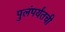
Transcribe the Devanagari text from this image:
पुलंपर्यंतची